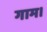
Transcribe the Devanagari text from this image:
गाम।